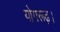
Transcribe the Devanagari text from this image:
योगरूढ़।